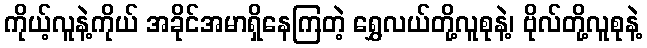
ကိုယ့်လူနဲ့ကိုယ် အခိုင်အမာရှိနေကြတဲ့ ရွှေလယ်တို့လူစုနဲ့၊ ဗိုလ်တို့လူစုနဲ့